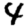
Digit: 4